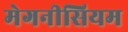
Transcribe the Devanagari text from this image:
मेगनीसियम